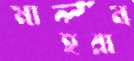
মাহরাম